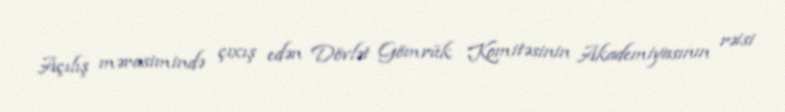
Açılış mərasimində çıxış edən Dövlət Gömrük Komitəsinin Akademiyasının rəisi